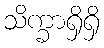
သိက္ခာရှိရှိ